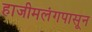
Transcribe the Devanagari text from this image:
हाजीमलंगपासून